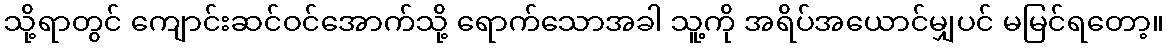
သို့ရာတွင် ကျောင်းဆင်ဝင်အောက်သို့ ရောက်သောအခါ သူ့ကို အရိပ်အယောင်မျှပင် မမြင်ရတော့။